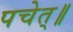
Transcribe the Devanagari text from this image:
पचेत्॥